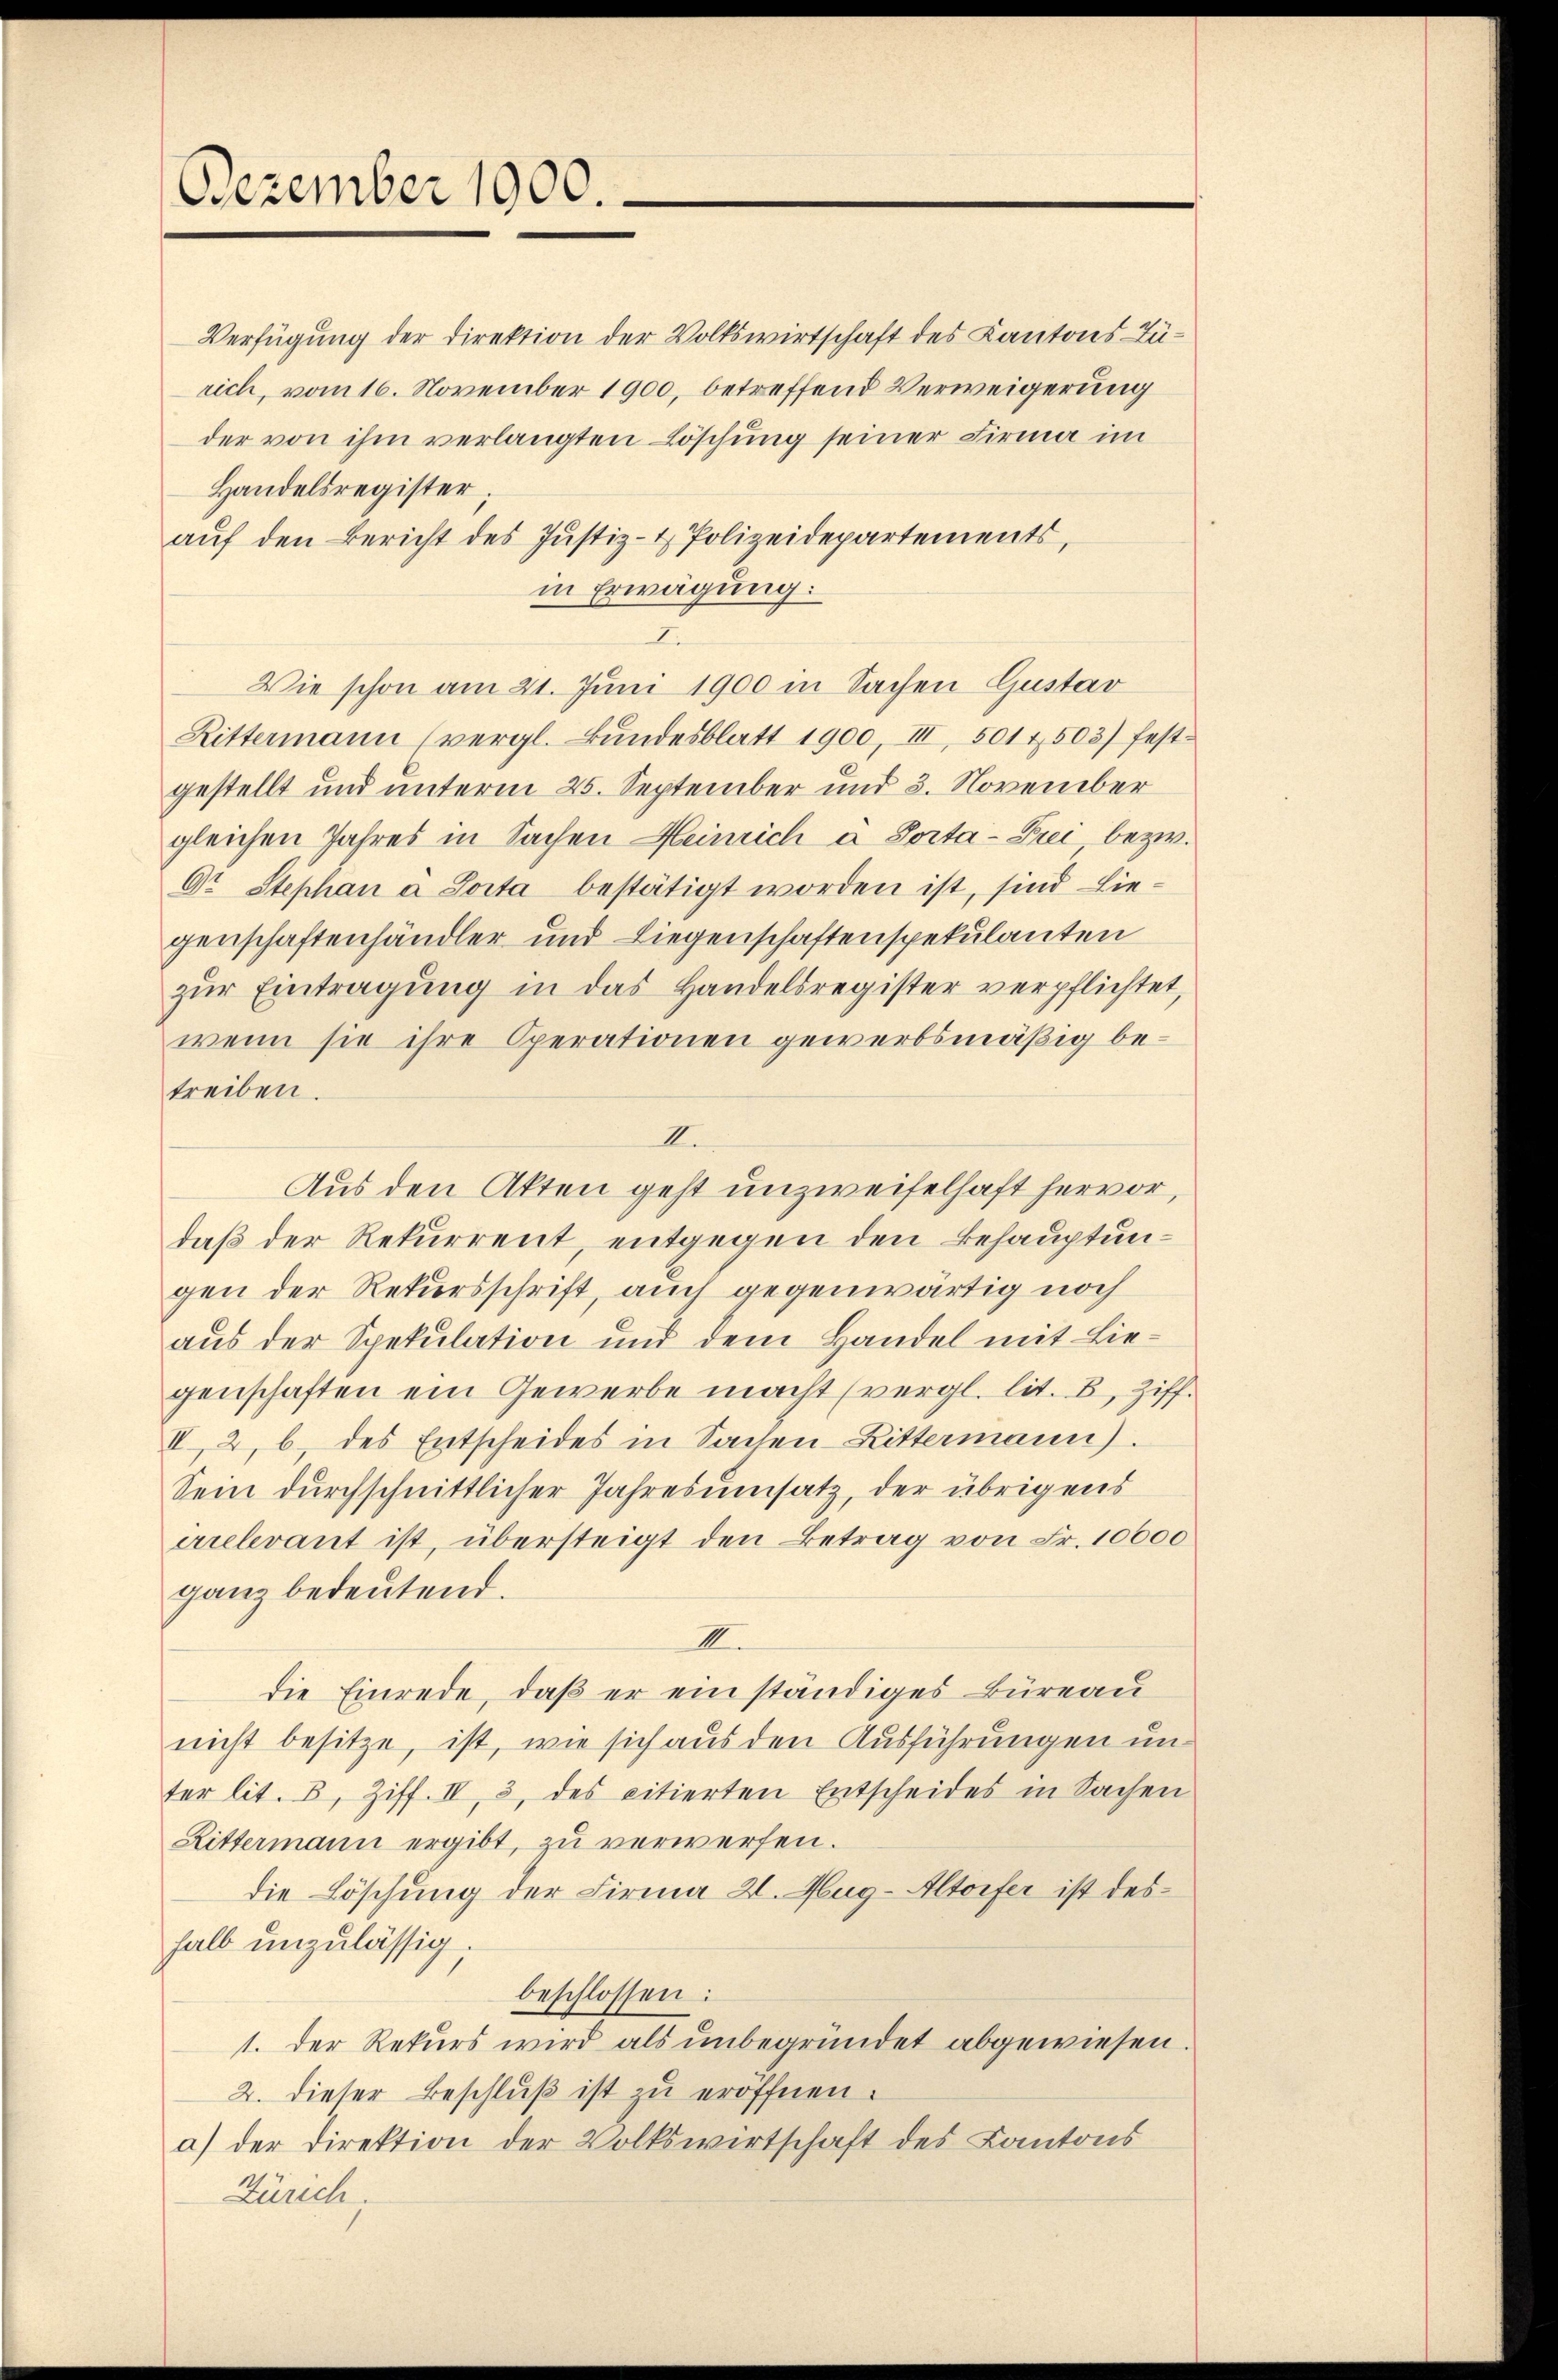
Dezember 1900.

Handelsregister.
aŭf den Bericht des Justiz- & Polizeidepartements,
in Erwägung:
Wie schon am 21. Juni 1900 in Sachen Gustav
Rittermann (vergl. Bŭndesblatt 1900, III, 501 4503) fest-
gestellt und unterm 25. September und 3. November
gleichen Jahres in Sachen Heinrich a Porta-Frei, bezw.
Dr. Stephan a Loita bestätigt worden ist, sind Lie-
genschaftenhändler und Liegenschaftenspekulanten
zŭr Eintragung in das Handelsregister verpflichtet,
wenn sie ihre Operationen gewerbsmäßig betreiben.
I.
Aus den Akten geht unzweifelhaft hervor,
daß der Rekurrent, entgegen den Behauptungen der Rekursschrift, auch gegenwärtig noch
aus der Spekulation und dem Handel mit Liegenschaften ein Gewerbe macht (vergl. lit. B, Ziff.
II, 2, b) des Entscheides in Sachen Bittermann.
Sein durchschnittlicher Jahresumsatz, der übrigens
errelevant ist, übersteigt den Betrag von Fr. 10000
ganz bedeutend.
I.
die Einrede, daß er ein ständiges Büreau
nicht besitze, ist, wie sich aus den Ausführungen unter lit. 8, Ziff. II, 3, des citierten Entscheides in Sachen
Rittermann ergibt, zu verwerfen.
die Löschung der Firma 2. Hug-Altorfer ist deshalb unzulässig.
beschlossen:
1. Der Rekurs wird als unbegründet abgewiesen
2. dieser Beschlŭβ ist zu eröffnen.
a) der Direktion der Volkswirtschaft des Kantons
Zürich.

Verfügung der Direktion der Volkswirtschaft des Kantons-Türich, vom 16. November 1900, betreffend Verweigerung
der von ihm verlangten Löschung seiner Firma im